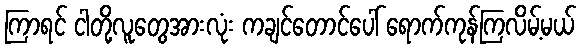
ကြာရင် ငါတို့လူတွေအားလုံး ကချင်တောင်ပေါ် ရောက်ကုန်ကြလိမ့်မယ်